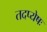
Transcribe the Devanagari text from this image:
तदप्येषः